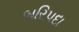
બરિપદા